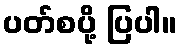
ပတ်စပို့ ပြပါ။